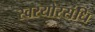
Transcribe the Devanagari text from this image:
स्वरयोरसंधि